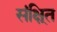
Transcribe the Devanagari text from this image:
संक्षि्त